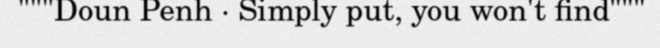
"""Doun Penh · Simply put, you won't find"""